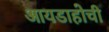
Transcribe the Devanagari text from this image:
आयडाहोची